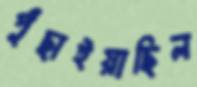
পুঁছাইয়াছিল